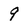
Character: 9